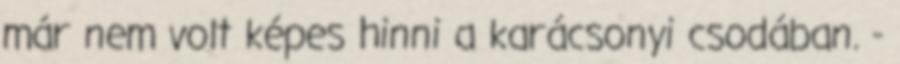
már nem volt képes hinni a karácsonyi csodában. -